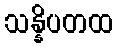
သန္နိပတထ